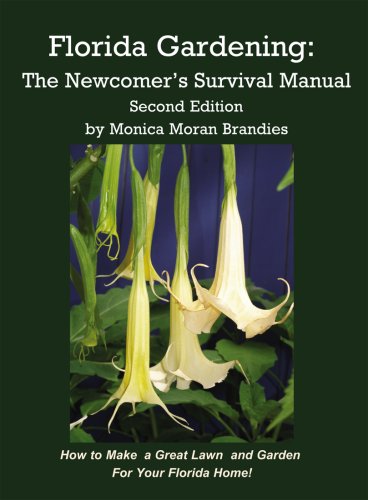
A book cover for Florida Gardening: The Newcomer's Survival Manual, Second Edition; Monica Moran Brandies; Crafts, Hobbies & Home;